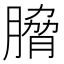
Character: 𮌯